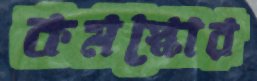
কমস্কোর